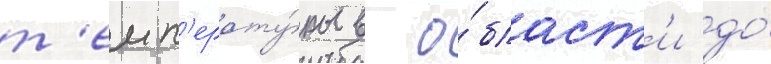
т'емп'ерату́ры в о́бласт'и до́